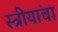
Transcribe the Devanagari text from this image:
स्त्रीयांचा